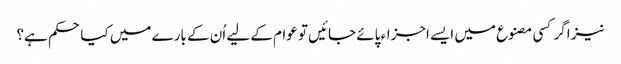
نیز اگر کسی مصنوع میں ایسے اجزاء پائے جائیں تو عوام کے لیے اُن کے بارے میں کیا حکم ہے؟